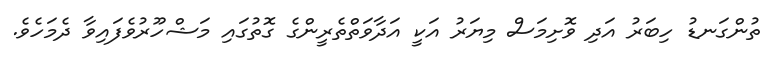
ތުންގަނޑު ހިބަރު އަދި ވޮށިމަސް މިޔަރު އަކީ އަދާވަތްތެރީންގެ ގޮތުގައި މަޝްހޫރުވެފައިވާ ދެމަހެވެ.